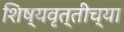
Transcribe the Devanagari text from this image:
शिष्यवृत्तीच्या